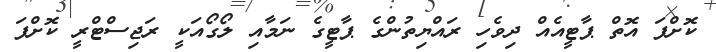
ކޮށްފަ އޮތް ޕާޓީއެއް ދިވެހި ރައްޔިތުންގެ ޕާޓީގެ ނަމާއި ލޯގޯއަކީ ރަޖިސްޓްރީ ކޮށްފަ